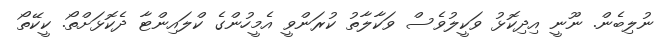
ނުލިބެން. ނޫނީ އިދިކޮޅު ވަކީލުވެސް ވަކާލާތު ކުރަންވީ އެމީހުންގެ ކްލައިންޓާ ދެކޮޅަށްތޯ. ކީކޭތޯ